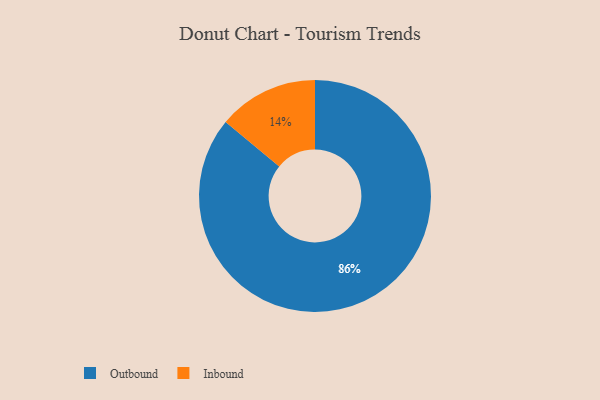
{"axis": {"x": "Category", "y": "Percentage"}, "legend": ["Inbound", "Outbound"], "data": [{"x": "Inbound", "y": 14, "type": "Inbound"}, {"x": "Outbound", "y": 86, "type": "Outbound"}]}